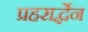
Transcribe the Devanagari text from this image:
प्रहरार्द्धेन